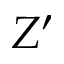
Z ^ { \prime }